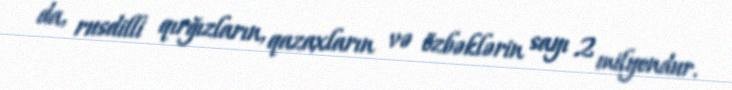
da, rusdilli qırğızların, qazaxların və özbəklərin sayı 2 milyondur.